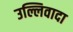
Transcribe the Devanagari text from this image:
उल्लिवादा